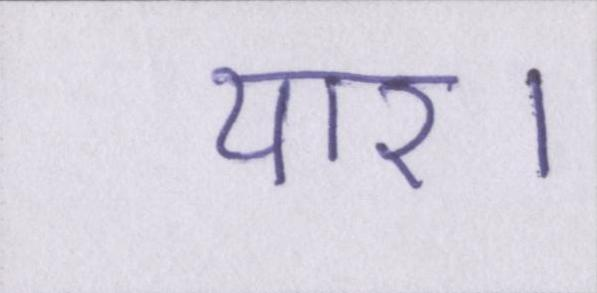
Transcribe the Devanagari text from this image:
यार।